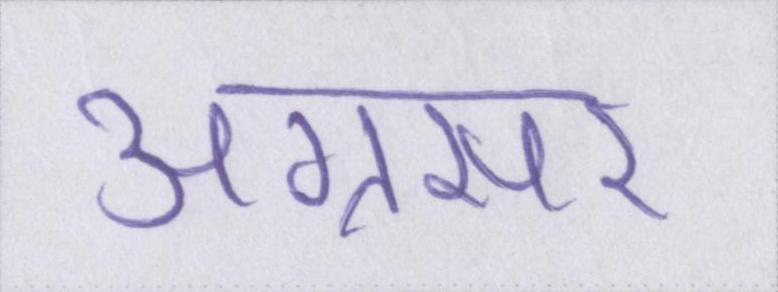
अग्रसर